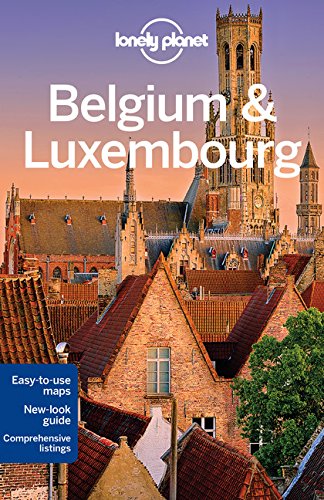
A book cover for Lonely Planet Belgium & Luxembourg (Travel Guide); Lonely Planet; Travel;